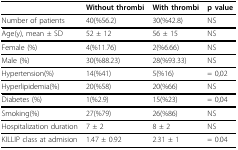
<table><thead><tr><td></td><td><b>Without thrombi</b></td><td><b>With thrombi</b></td><td><b>p value</b></td></tr></thead><tbody><tr><td>Number of patients</td><td>40(%56.2)</td><td>30(%42.8)</td><td>NS</td></tr><tr><td>Age(y), mean ± SD</td><td>52 ± 12</td><td>56 ± 15</td><td>NS</td></tr><tr><td>Female (%)</td><td>4(%11.76)</td><td>2(%6.66)</td><td>NS</td></tr><tr><td>Male (%)</td><td>30(%88.23)</td><td>28(%93.33)</td><td>NS</td></tr><tr><td>Hypertension(%)</td><td>14(%41)</td><td>5(%16)</td><td>= 0,02</td></tr><tr><td>Hyperlipidemia(%)</td><td>20(%58)</td><td>20(%66)</td><td>NS</td></tr><tr><td>Diabetes (%)</td><td>1(%2.9)</td><td>15(%23)</td><td>= 0,04</td></tr><tr><td>Smoking(%)</td><td>27(%79)</td><td>26(%86)</td><td>NS</td></tr><tr><td>Hospitalization duration</td><td>7 ± 2</td><td>8 ± 2</td><td>NS</td></tr><tr><td>KILLIP class at admision</td><td>1.47 ± 0.92</td><td>2.31 ± 1</td><td>= 0.04</td></tr></tbody></table>